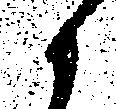
候